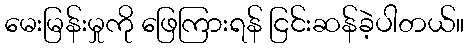
မေးမြန်းမှုကို ဖြေကြားရန် ငြင်းဆန်ခဲ့ပါတယ်။